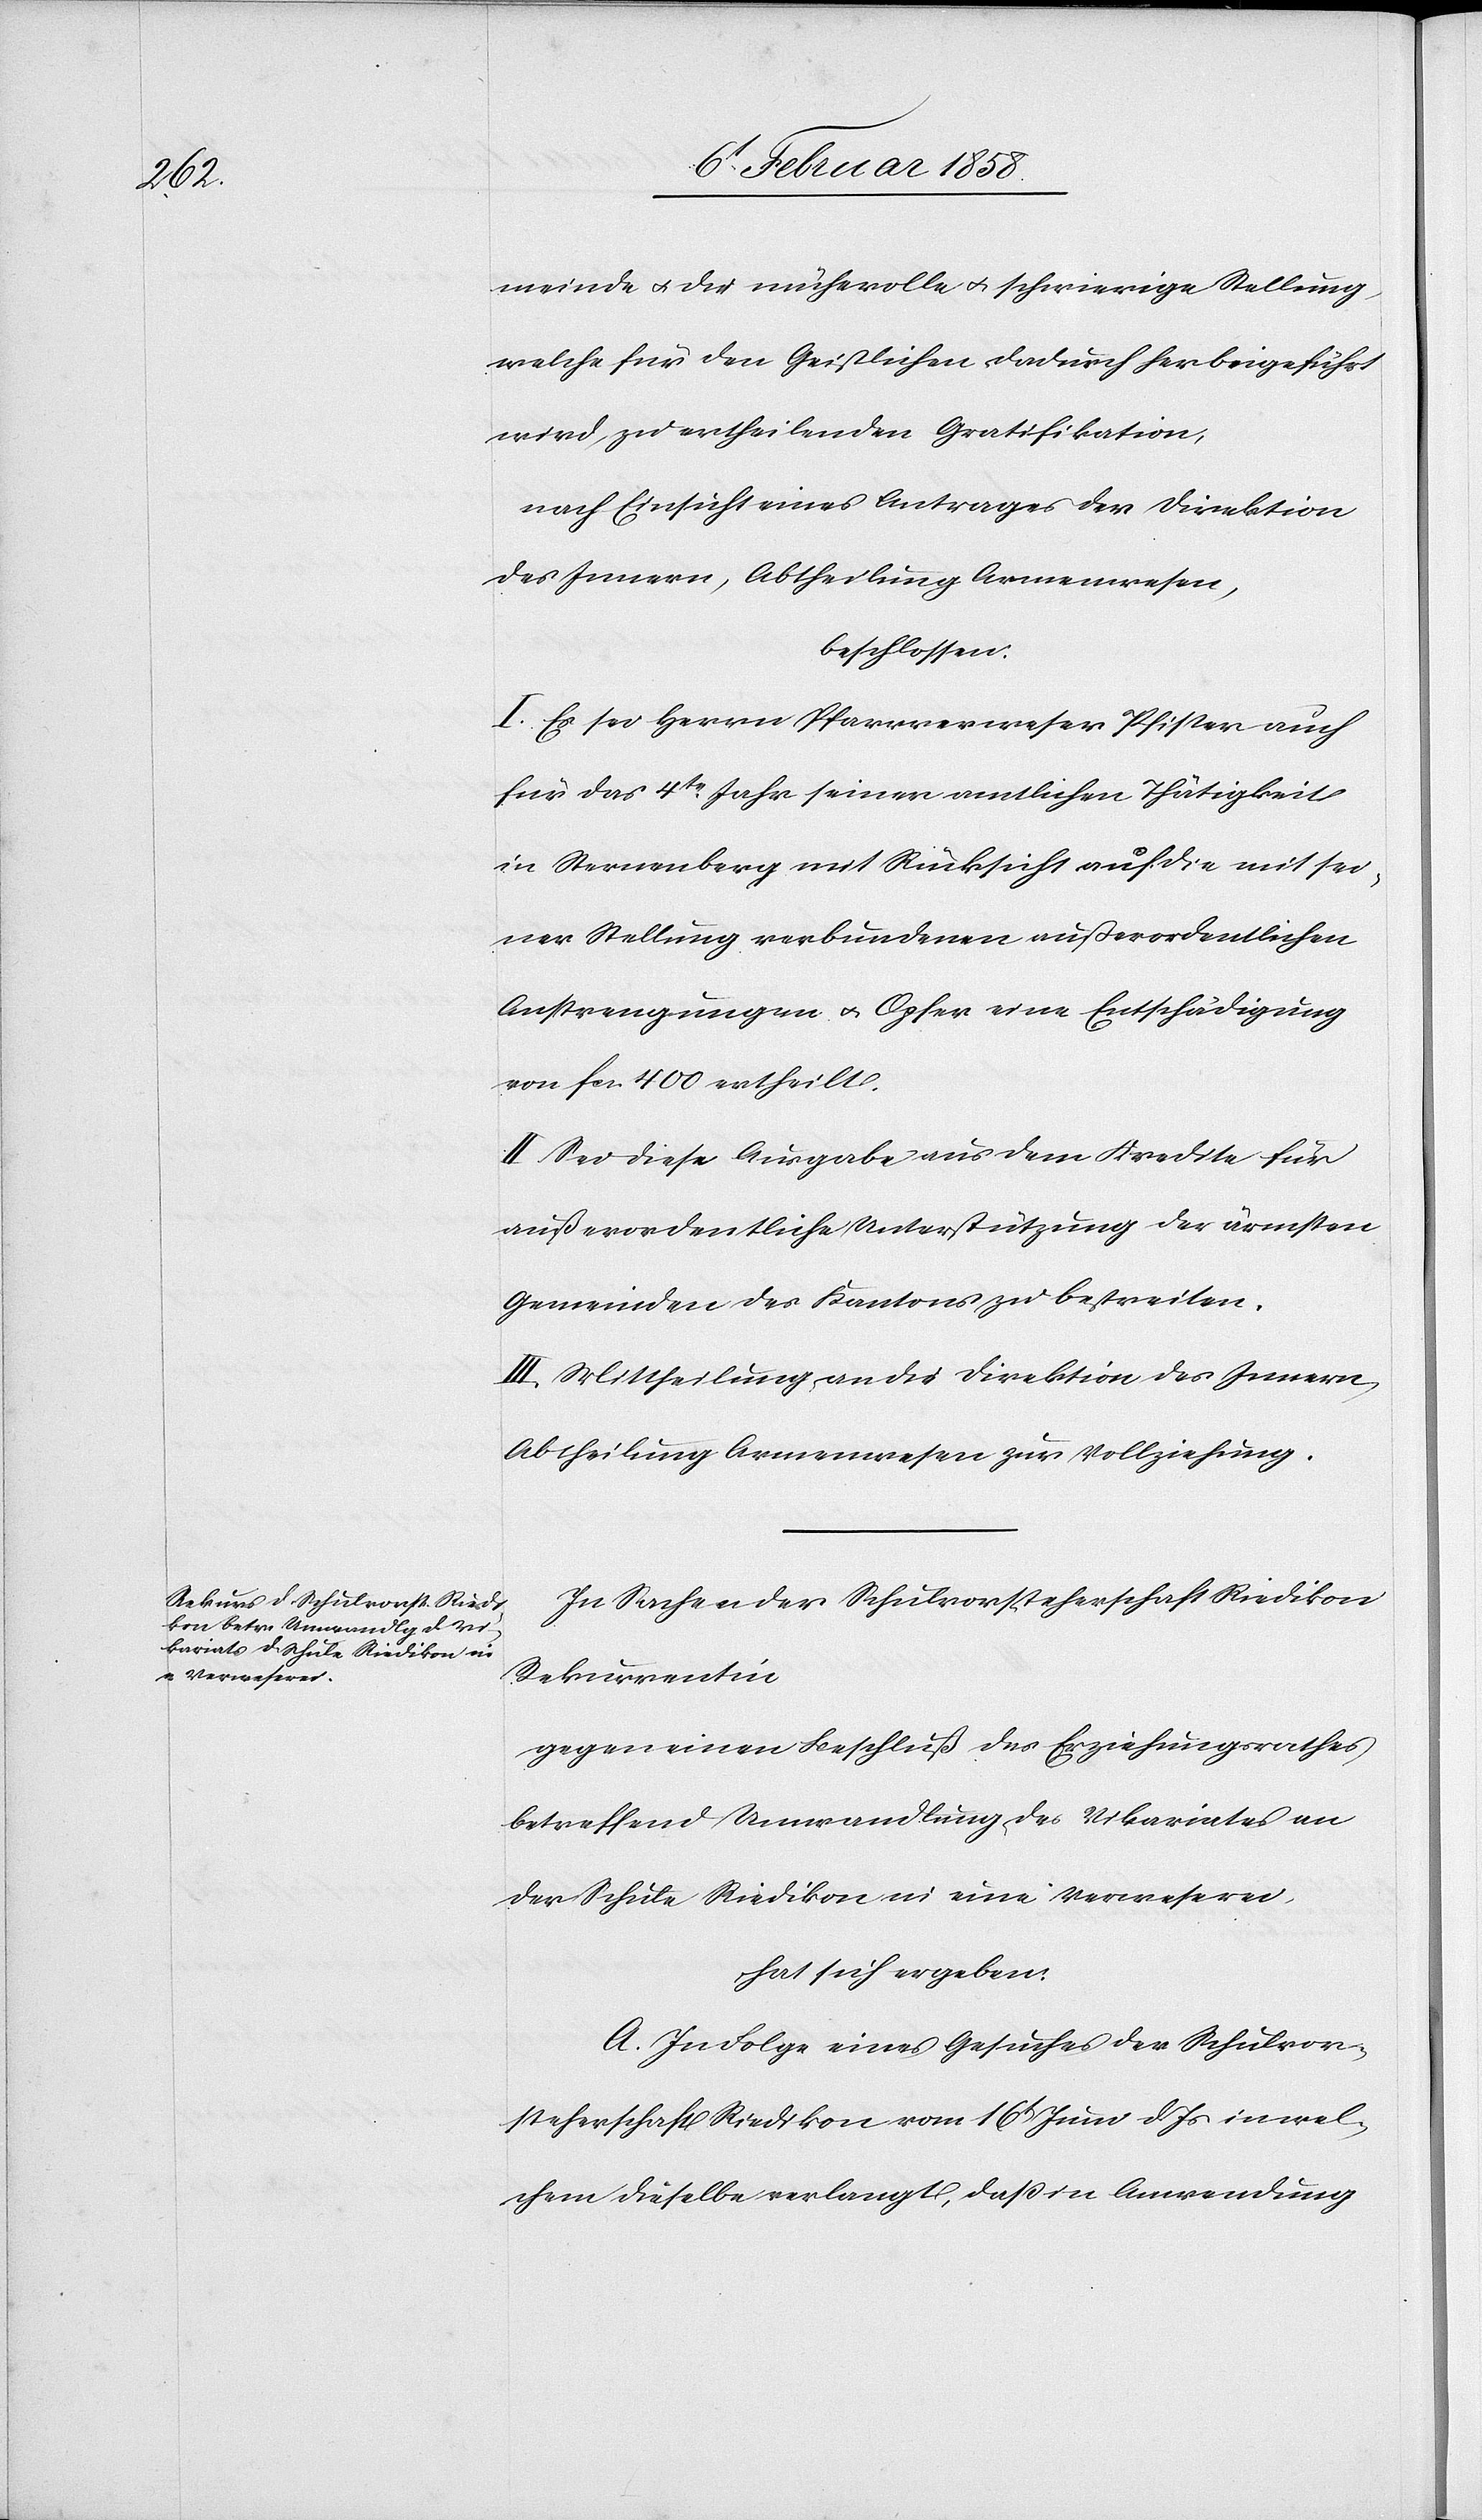
meinde u. die mühevolle u. schwierige Stellung,
welche für den Geistlichen dadurch herbeigeführt
wird, zu ertheilenden Gratifikation,
nach Einsicht eines Antrages der Direktion
des Innern, Abtheilung Armenwesen,
beschlossen:
I. Es sei Herrn Pfarrverweser Pfister auch
für das 4te Jahr seiner amtlichen Thätigkeit
in Sternenberg mit Rücksicht auf die mit sei¬
ner Stellung verbundenen außerordentlichen
Anstrengungen u. Opfer eine Entschädigung
von fcs. 400 ertheilt.
II. Sei diese Ausgabe aus dem Kredite für
außerordentliche Unterstützung der ärmsten
Gemeinden des Kantons zu bestreiten.
III. Mittheilung an die Direktion des Innern,
Abtheilung Armenwesen zur Vollziehung.
In Sachen der Schulvorsteherschaft Riedikon
Rekurrentin
gegen einen Beschluß des Erziehungsrathes
betreffend Umwandlung des Vikariates an
der Schule Riedikon in eine Verweserei,
hat sich ergeben:
A. In Folge eines Gesuches der Schulvor¬
steherschaft Reidikon vom 16t Juni d. Js in wel¬
chem dieselbe verlangt, daß in Anwendung